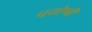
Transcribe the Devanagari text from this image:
पयोष्वी